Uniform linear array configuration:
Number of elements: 16
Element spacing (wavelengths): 0.5
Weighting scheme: hann
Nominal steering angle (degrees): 15
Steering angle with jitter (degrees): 15.044
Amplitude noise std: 0.05
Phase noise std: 0.05

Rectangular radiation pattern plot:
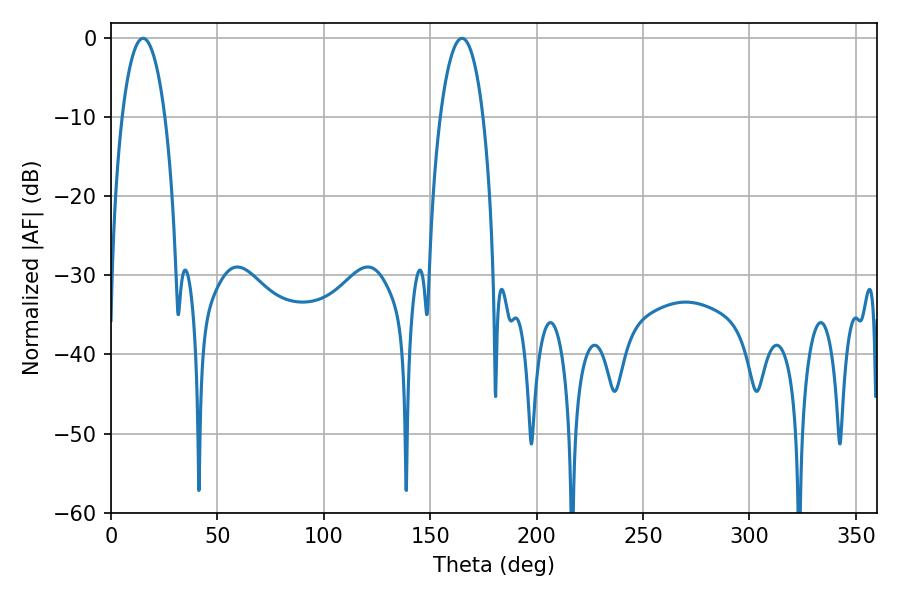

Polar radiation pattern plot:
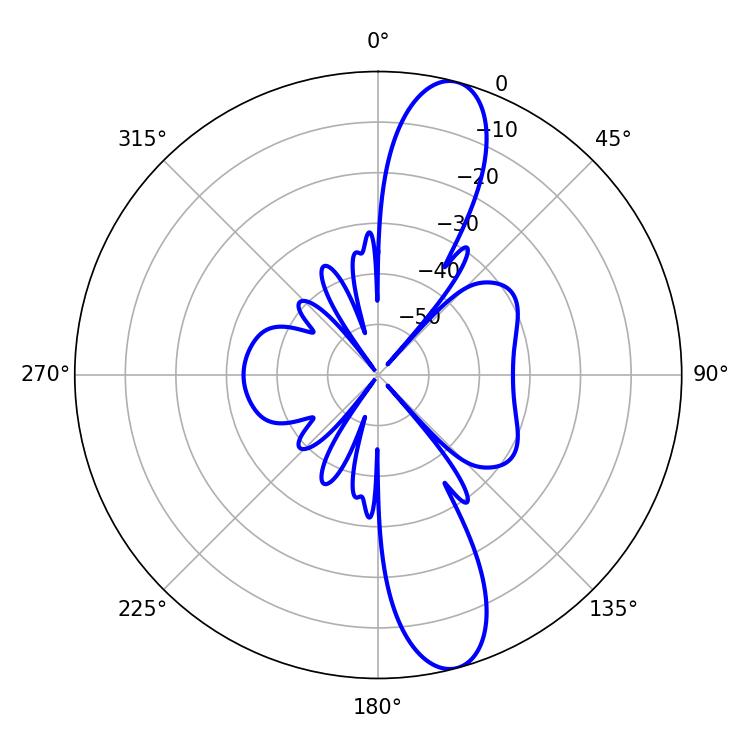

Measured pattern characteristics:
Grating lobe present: FALSE
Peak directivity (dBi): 12.601
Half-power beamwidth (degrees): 11.16
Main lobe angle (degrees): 15.12